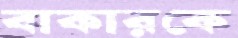
বাকারকে